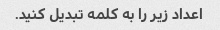
اعداد زیر را به کلمه تبدیل کنید.